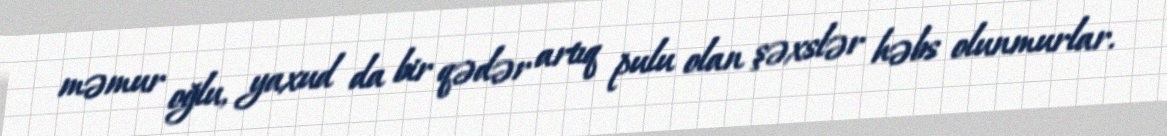
məmur oğlu, yaxud da bir qədər artıq pulu olan şəxslər həbs olunmurlar.